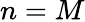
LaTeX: n=M